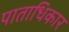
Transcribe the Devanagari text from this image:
पाताधिकार